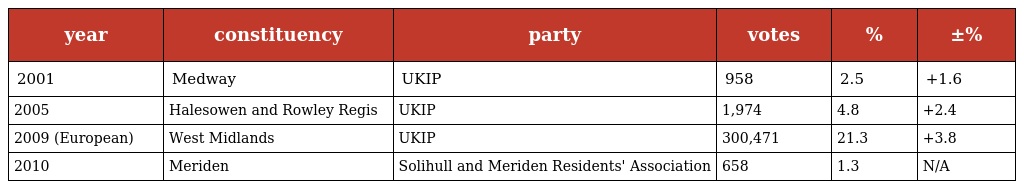
| year | constituency | party | votes | % | ±% |
 | --- | --- | --- | --- | --- | --- |
 | 2001 | Medway | UKIP | 958 | 2.5 | +1.6 |
 | 2005 | Halesowen and Rowley Regis | UKIP | 1,974 | 4.8 | +2.4 |
 | 2009 (European) | West Midlands | UKIP | 300,471 | 21.3 | +3.8 |
 | 2010 | Meriden | Solihull and Meriden Residents' Association | 658 | 1.3 | N/A |